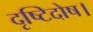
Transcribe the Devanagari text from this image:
दृष्टिदोष।